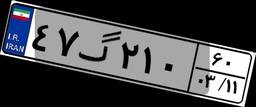
۴۷گ۲۱۰۶۰